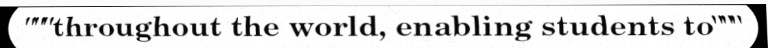
"""throughout the world, enabling students to"""